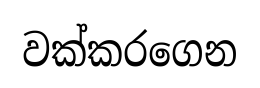
වක්කරගෙන